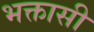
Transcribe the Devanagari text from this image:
भक्तासी